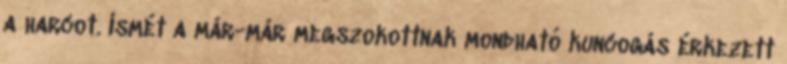
a harcot. Ismét a már-már megszokottnak mondható kuncogás érkezett